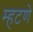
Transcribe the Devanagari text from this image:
म्हटणे